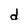
Character: d